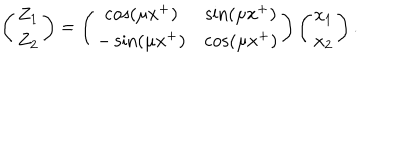
\left( \begin{array} { c } { { Z _ { 1 } } } \\ { { Z _ { 2 } } } \\ \end{array} \right) = \left( \begin{array} { c c } { { \cos ( \mu x ^ { + } ) } } & { { \sin ( \mu x ^ { + } ) } } \\ { { - \sin ( \mu x ^ { + } ) } } & { { \cos ( \mu x ^ { + } ) } } \\ \end{array} \right) \left( \begin{array} { c } { { x _ { 1 } } } \\ { { x _ { 2 } } } \\ \end{array} \right) .